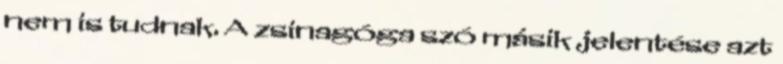
nem is tudnak. A zsinagóga szó másik jelentése azt